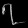
Digit: ၇